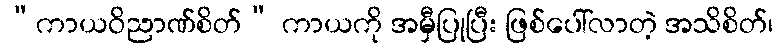
“ကာယဝိညာဏ်စိတ်” ကာယကို အမှီပြုပြီး ဖြစ်ပေါ်လာတဲ့ အသိစိတ်၊